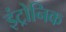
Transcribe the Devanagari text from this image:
इंट्रोनिक